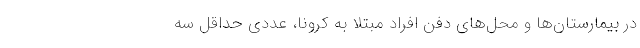
در بیمارستان‌ها و محل‌های دفن افراد مبتلا به کرونا، عددی حداقل سه